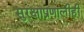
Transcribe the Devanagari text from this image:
सुरक्षाप्रणालीही